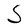
Character: S